Report of the King Institute of Preventive Medicine, Guindy
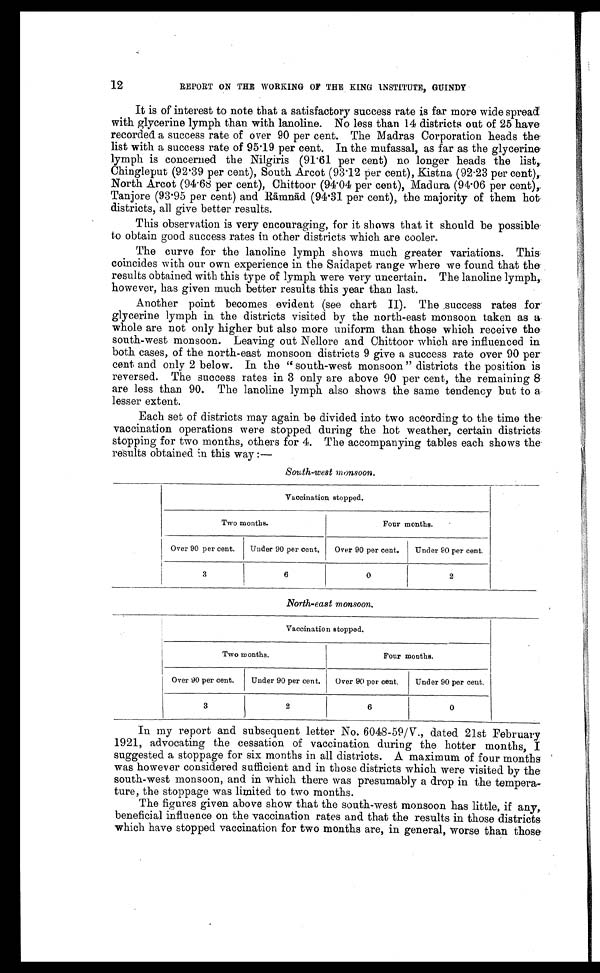
12
REPORT ON THE WORKING OF THE KING INSTITUTE, GUINDY
It is of interest to note that a satisfactory success rate is far more wide spread
with glycerine lymph than with lanoline. No less than 14 districts out of 25 have
recorded a success rate of over 90 per cent. The Madras Corporation heads the
list with a success rate of 95.19 per cent. In the mufassal, as far as the glycerine
lymph is concerned the Nilgiris (91.61 per cent) no longer heads the list,
Chingleput (92.39 per cent), South Arcot (93.12 per cent), Kistna (92.23 per cent),
North Arcot (94.68 per cent), Chittoor (94.04 per cent), Madura (94.06 per cent),
Tanjore (93.95 per cent) and R āmnād (94.31 per cent), the majority of them hot
districts, all give better results.
This observation is very encouraging, for it shows that it should be possible
to obtain good success rates in other districts which are cooler.
The curve for the lanoline lymph shows much greater variations. This
coincides with our own experience in the Saidapet range where we found that the
results obtained with this type of lymph were very uncertain. The lanoline lymph,
however, has given much better results this year than last.
Another point becomes evident (see chart II). The success rates for
glycerine lymph in the districts visited by the north-east monsoon taken as a
whole are not only higher but also more uniform than those which receive the
south-west monsoon. Leaving out Nellore and Chittoor which are influenced in
both cases, of the north-east monsoon districts 9 give a success rate over 90 per
cent and only 2 below. In the " south-west monsoon " districts the position is
reversed. The success rates in 3 only are above 90 per cent, the remaining 8
are less than 90. The lanoline lymph also shows the same tendency but to a
lesser extent.
Each set of districts may again be divided into two according to the time the
vaccination operations were stopped during the hot weather, certain districts
stopping for two months, others for 4. The accompanying tables each shows the
results obtained in this way :—
South-west monsoon.
Vaccination stopped.
Two months.
Four months.
Over 90 per cent.
Under 90 per cent. Over 90 per cent.
Under 90 per cent.
3
6
0
2
North-east monsoon.
Vaccination stopped.
Two months.
Four mouths.
Over 90 per cent.
Under 90 per cent.
Over 90 per cent.
Under 90 per cent.
3
2
6
0
In my report and subsequent letter No. 6048-59/V., dated 21st February
1921, advocating the cessation of vaccination during the hotter months, I
suggested a stoppage for six months in all districts. A maximum of four months
was however considered sufficient and in those districts which were visited by the
south-west monsoon, and in which there was presumably a drop in the tempera
- t u r e , t h e s t o p p a g e w a s l i m i t e d t o t w o m o n t h s .
The figures given above show that the south-west monsoon has little, if any,
beneficial influence on the vaccination rates and that the results in those districts
which have stopped vaccination for two months are, in general, w orse than those